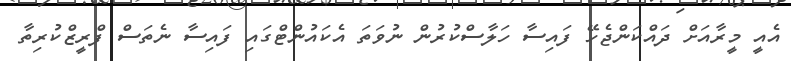
އެއީ މީރާއަށް ދައްކަންޖެހޭ ފައިސާ ހަލާސްކުރުން ނުވަތަ އެކައުންޓްގައި ފައިސާ ނެތަސް ފްރީޒްކުރިތާ